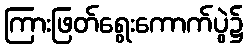
ကြားဖြတ်ရွေးကောက်ပွဲ၌